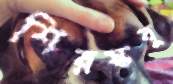
শিরস্কবু